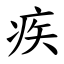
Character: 疾